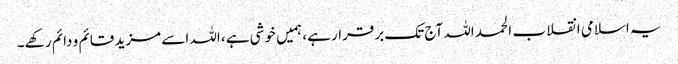
یہ اسلامی انقلاب الحمد اللہ آج تک برقرار ہے، ہمیں خوشی ہے، اللہ اسے مزید قائم و دائم رکهے۔